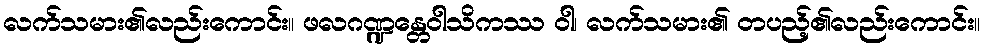
လက်သမား၏လည်းကောင်း။ ဖလဂဏ္ဍန္တေဝါသိကဿ ဝါ၊ လက်သမား၏ တပည့်၏လည်းကောင်း။